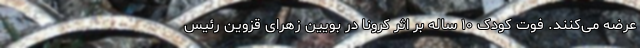
عرضه می‌کنند. فوت کودک ۱۰ ساله بر اثر کرونا در بویین زهرای قزوین رئیس